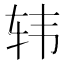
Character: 𲅀